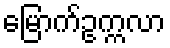
မြောက်ဥက္ကလာ